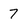
Character: 7